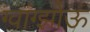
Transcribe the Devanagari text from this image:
ग्वांग्झोऊ